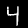
Digit: 4